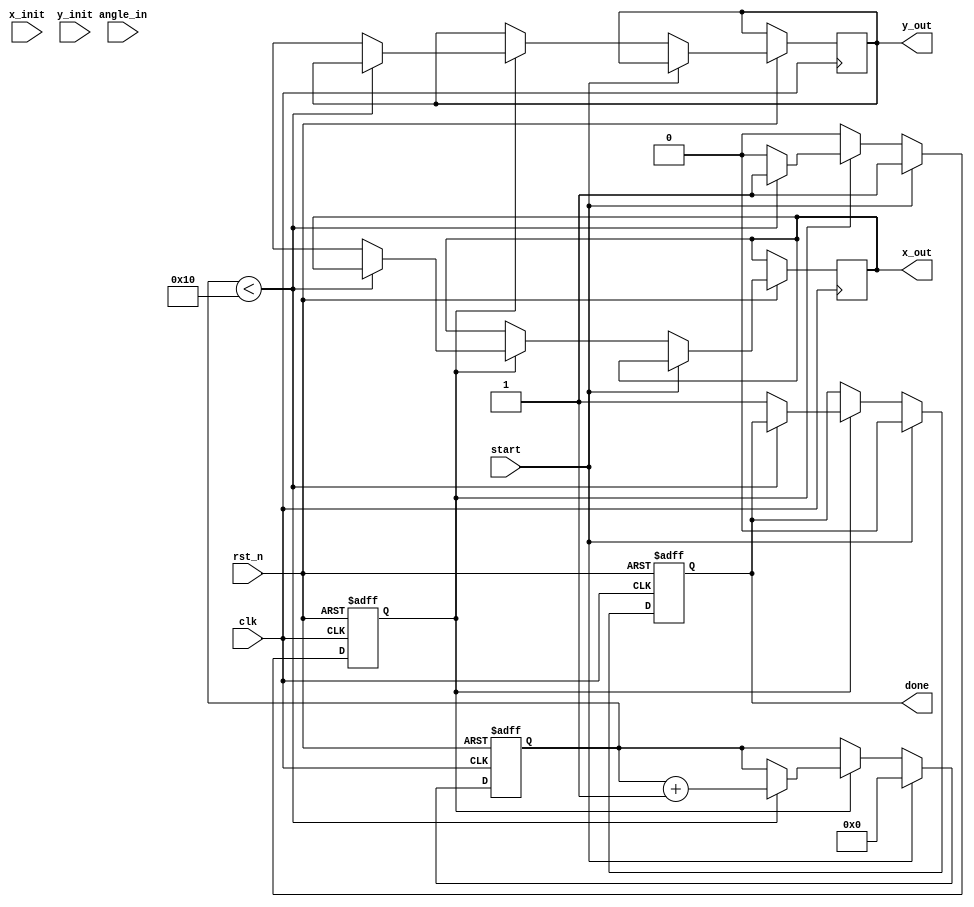
module pipelined_cordic #(
    parameter N = 16,                 // Number of pipeline stages (iterations)
    parameter DATA_WIDTH = 16,        // Width of the input/output data
    parameter ANGLE_WIDTH = 16         // Width for the angle input
)(
    input wire clk,                   // Clock signal
    input wire rst_n,                 // Active low reset
    input wire start,                 // Start signal for operation
    input wire signed [ANGLE_WIDTH-1:0] angle_in,  // Input angle
    input wire signed [DATA_WIDTH-1:0] x_init,     // Initial X value
    input wire signed [DATA_WIDTH-1:0] y_init,     // Initial Y value
    output reg signed [DATA_WIDTH-1:0] x_out,      // Output X result
    output reg signed [DATA_WIDTH-1:0] y_out,      // Output Y result
    output reg done                    // Operation complete signal
);

// Lookup tables for arctan values (scaled)
reg signed [ANGLE_WIDTH-1:0] atan_table [0:N-1];
initial begin
    // Initialize arctan lookup table (for n iterations)
    atan_table[0] = 16'h3A2D; // atan(2^-0)
    atan_table[1] = 16'h1DAC; // atan(2^-1)
    atan_table[2] = 16'h0FAD; // atan(2^-2)
    // Fill the rest of the atan_table as needed
    // ...
end

// Registers for pipeline stages
reg signed [DATA_WIDTH-1:0] x_reg [0:N-1];
reg signed [DATA_WIDTH-1:0] y_reg [0:N-1];
reg signed [ANGLE_WIDTH-1:0] angle_reg [0:N-1];
reg [N-1:0] decisions;           // Rotation decisions
reg [4:0] iteration;             // Current iteration count
reg valid;                       // Valid signal

// Control Logic
always @(posedge clk or negedge rst_n) begin
    if (!rst_n) begin
        iteration <= 0;
        valid <= 0;
        done <= 0;
    end else if (start) begin
        // Initialize the pipeline registers
        x_reg[0] <= x_init; 
        y_reg[0] <= y_init;
        angle_reg[0] <= angle_in;
        iteration <= 0;
        valid <= 1;
        done <= 0;
    end else if (valid) begin
        if (iteration < N) begin
            // Calculate rotation decision for current iteration
            if(angle_reg[iteration][ANGLE_WIDTH-1]) begin
                decisions[iteration] <= 1'b0; // rotate clockwise
                angle_reg[iteration+1] <= angle_reg[iteration] + atan_table[iteration];
                x_reg[iteration+1] <= x_reg[iteration] + (y_reg[iteration] >> iteration);
                y_reg[iteration+1] <= y_reg[iteration] - (x_reg[iteration] >> iteration);
            end else begin
                decisions[iteration] <= 1'b1; // rotate counter-clockwise
                angle_reg[iteration+1] <= angle_reg[iteration] - atan_table[iteration];
                x_reg[iteration+1] <= x_reg[iteration] - (y_reg[iteration] >> iteration);
                y_reg[iteration+1] <= y_reg[iteration] + (x_reg[iteration] >> iteration);
            end
            
            // Move to next stage
            iteration <= iteration + 1;
        end else begin
            // Pipeline complete
            valid <= 0;
            done <= 1;
            x_out <= x_reg[N];
            y_out <= y_reg[N];
        end
    end
end

endmodule